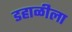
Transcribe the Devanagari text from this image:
डहाळीला